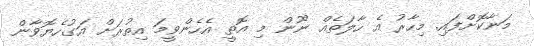
މަނާކޮށްފައި. މިހާރު އެ ހާލަތެއް ނޫން މި އޮތީ އެހެންވީމަ އިތުރަށް އަގުހެޔޮވާން